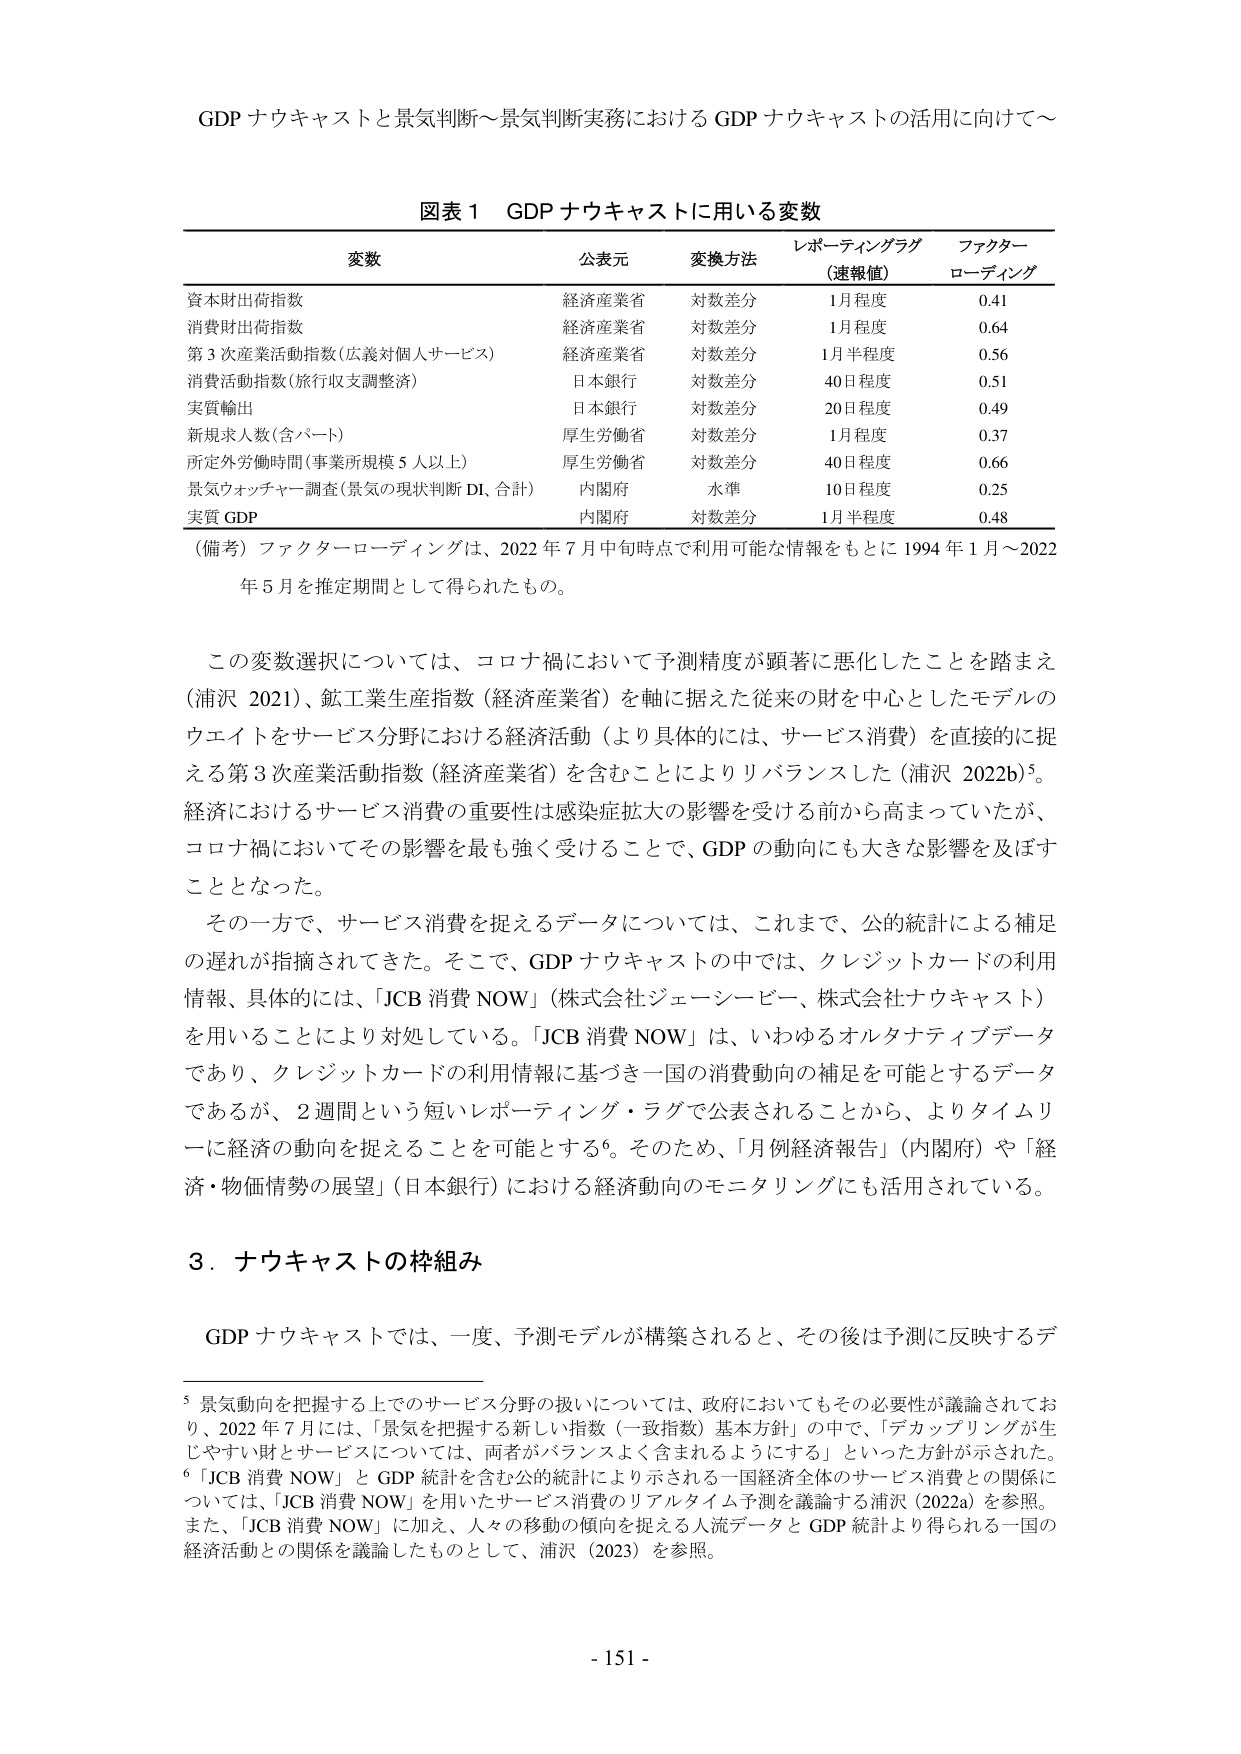
GDP ナウキャストと景気判断～景気判断実務における GDP ナウキャストの活用に向けて～

図表１ GDP ナウキャストに用いる変数

変数 公表元 変換方法 レポーティングラグ （速報値） ファクターローディング
資本財出荷指数 経済産業省 対数差分 1月程度 0.41
消費財出荷指数 経済産業省 対数差分 1月程度 0.64
第３次産業活動指数（広義対個人サービス） 経済産業省 対数差分 1月半程度 0.56
消費活動指数（旅行収支調整済） 日本銀行 対数差分 40日程度 0.51
実質輸出 日本銀行 対数差分 20日程度 0.49
新規求人数（含パート） 厚生労働省 対数差分 1月程度 0.37
所定外労働時間（事業所規模５人以上） 厚生労働省 対数差分 40日程度 0.66
景気ウォッチャー調査（景気の現状判断 DI、合計） 内閣府 水準 10日程度 0.25
実質 GDP 内閣府 対数差分 1月半程度 0.48

（備考）ファクターローディングは、2022 年 7 月中旬時点で利用可能な情報をもとに 1994 年 1 月～2022 年 5 月を推定期間として得られたもの。

この変数選択については、コロナ禍において予測精度が顕著に悪化したことを踏まえ（浦沢 2021）、鉱工業生産指数（経済産業省）を軸に据えた従来の財を中心としたモデルのウエイトをサービス分野における経済活動（より具体的には、サービス消費）を直接的に捉える第３次産業活動指数（経済産業省）を含むことによりリバランスした（浦沢 2022b）⁵。経済におけるサービス消費の重要性は感染症拡大の影響を受ける前から高まっていたが、コロナ禍においてその影響を最も強く受けることで、GDP の動向にも大きな影響を及ぼすこととなった。

その一方で、サービス消費を捉えるデータについては、これまで、公的統計による補足の遅れが指摘されてきた。そこで、GDP ナウキャストの中では、クレジットカードの利用情報、具体的には、「JCB 消費 NOW」（株式会社ジェーシービー、株式会社ナウキャスト）を用いることにより対処している。「JCB 消費 NOW」は、いわゆるオルタナティブデータであり、クレジットカードの利用情報に基づき一国の消費動向の補足を可能とするデータであるが、2週間という短いレポーティング・ラグで公表されることから、よりタイムリーに経済の動向を捉えることを可能とする⁶。そのため、「月例経済報告」（内閣府）や「経済・物価情勢の展望」（日本銀行）における経済動向のモニタリングにも活用されている。

３．ナウキャストの枠組み

GDP ナウキャストでは、一度、予測モデルが構築されると、その後は予測に反映するデ

⁵ 景気動向を把握する上でのサービス分野の扱いについては、政府においてもその必要性が議論されており、2022 年 7 月には、「景気を把握する新しい指数（一致指数）基本方針」の中で、「デカップリングが生じやすい財とサービスについては、両者がバランスよく含まれるようにする」といった方針が示された。
⁶ 「JCB 消費 NOW」と GDP 統計を含む公的統計により示される一国経済全体のサービス消費との関係については、「JCB 消費 NOW」を用いたサービス消費のリアルタイム予測を議論する浦沢（2022a）を参照。また、「JCB 消費 NOW」に加え、人々の移動の傾向を捉える人流データと GDP 統計より得られる一国の経済活動との関係を議論したものとして、浦沢（2023）を参照。

- 151 -